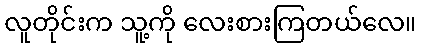
လူတိုင်းက သူ့ကို လေးစားကြတယ်လေ။